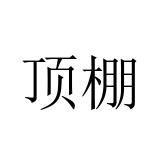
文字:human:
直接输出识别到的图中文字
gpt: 顶棚